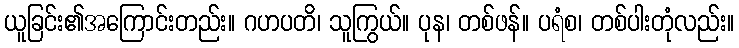
ယူခြင်း၏အကြောင်းတည်း။ ဂဟပတိ၊ သူကြွယ်။ ပုန၊ တစ်ဖန်။ ပရံစ၊ တစ်ပါးတုံလည်း။